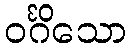
ဝင်္ဂိသော